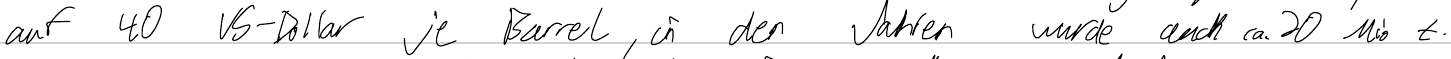
auf 40 US-Dollar je Barrel, in den Jahren wurde auch ca. 20 Mio t.